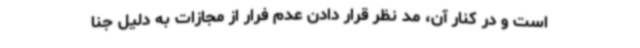
است و در کنار آن، مد نظر قرار دادن عدم فرار از مجازات به دلیل جنا